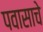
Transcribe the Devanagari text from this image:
पवासाचे